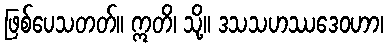
ဖြစ်ပေသတတ်။ ဣတိ၊ သို့။ ဒသသဟဿဒေဝဟာ၊